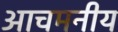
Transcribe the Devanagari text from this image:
आचमनीय